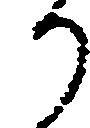
り